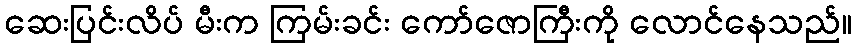
ဆေးပြင်းလိပ် မီးက ကြမ်းခင်း ကော်ဇောကြီးကို လောင်နေသည်။